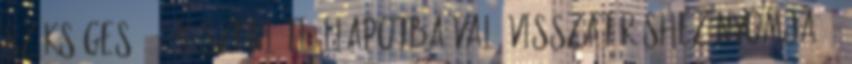
szükséges . 2. Készenléti állapotba való visszatéréshez nyomja 3.